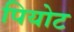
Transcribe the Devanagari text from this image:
पियोट